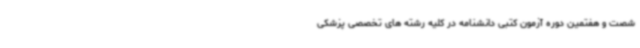
شصت و هفتمین دوره آزمون کتبی دانشنامه در کلیه رشته های تخصصی پزشکی